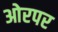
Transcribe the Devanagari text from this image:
ओरपर